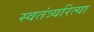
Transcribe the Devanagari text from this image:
स्वतंत्र्यरित्या